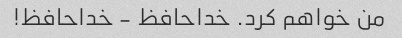
من خواهم کرد. خداحافظ - خداحافظ!